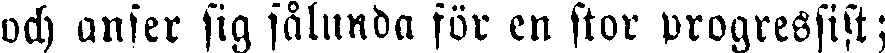
och anser sig sålunda för en stor progressist;